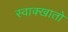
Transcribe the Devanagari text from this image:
स्वाक्खातो